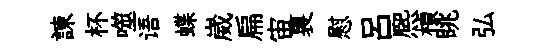
諫杯噬语蝶崴扁宙裏慰呂熈楨眺弘